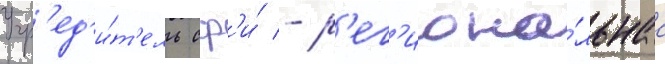
Учр'ед'и́т'ель сф'и́ - р'ег'иона́льнаа